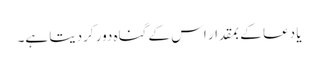
یا دعا کے بمقدار اس کے گناہ دور کردیتا ہے۔